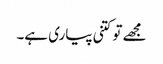
مجھے تو کتنی پیاری ہے۔